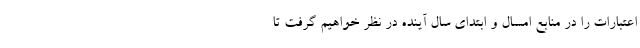
اعتبارات را در منابع امسال و ابتدای سال آینده در نظر خواهیم گرفت تا